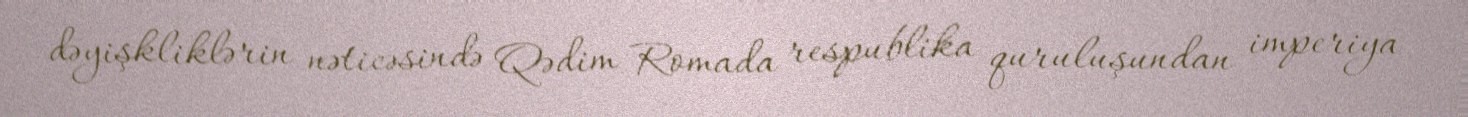
dəyişkliklərin nəticəsində Qədim Romada respublika quruluşundan imperiya